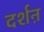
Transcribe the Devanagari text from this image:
दर्शऩ